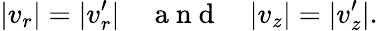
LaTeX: |v_{r}|=|v_{r}^{\prime}|~~~~\mathrm{~a~n~d~}~~~~|v_{z}|=|v_{z}^{\prime}|.